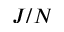
J / N